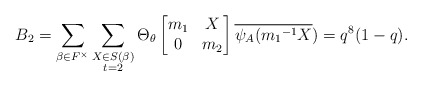
\begin{align*} B_{2}=\displaystyle \sum_{\beta \in F^{\times}} \sum_{\substack{X\in S(\beta) \\ t=2 }}\Theta_{\theta} \begin{bmatrix} m_{1} & X\\0 & m_{2}\end{bmatrix}\overline{\psi_{A}({m_{1}}^{-1}X})=q^{8}(1-q).\end{align*}